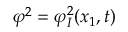
\varphi ^ { 2 } = \varphi _ { I } ^ { 2 } ( x _ { 1 } , t )